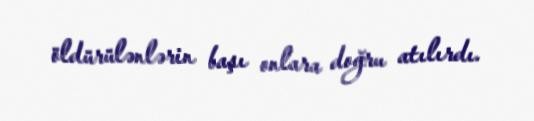
öldürülənlərin başı onlara doğru atılırdı.